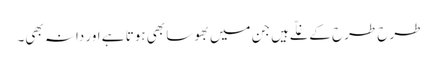
طرح طرح کے غلّے ہیں جن میں بھوسا بھی ہوتا ہے اور دانہ بھی۔